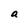
Character: a